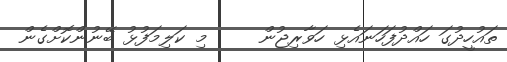
ތައުހީދުގަ ހައްދުފަހަނައެޅި ހަވާރިޖުން     މި ކަލިމަފުޅު ބޭނުންކޮށްގެން